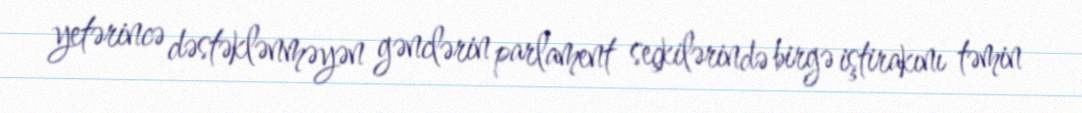
yetərincə dəstəklənməyən gənclərin parlament seçkilərində birgə iştirakını təmin